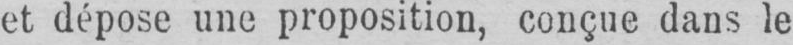
et dépose une proposition, conçue dans le